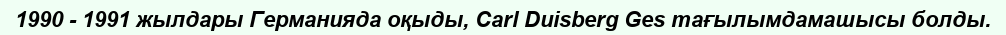
1990 - 1991 жылдары Германияда оқыды, Carl Duisberg Ges тағылымдамашысы болды.